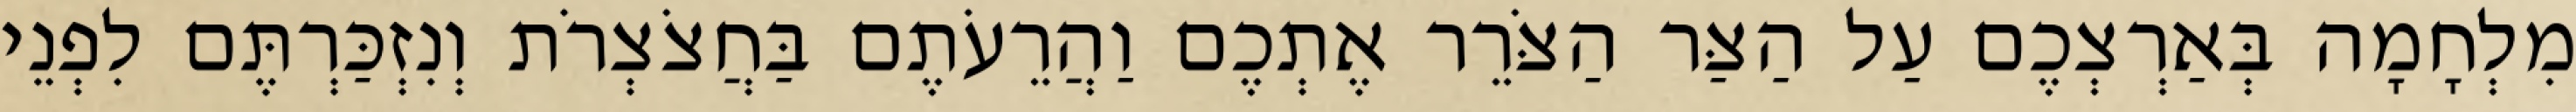
מִלְחָמָה בְּאַרְצְכֶם עַל הַצַּר הַצֹּרֵר אֶתְכֶם וַהֲרֵעֹתֶם בַּחֲצֹצְרֹת וְנִזְכַּרְתֶּם לִפְנֵי